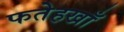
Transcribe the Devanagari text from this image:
फतेहखाँ